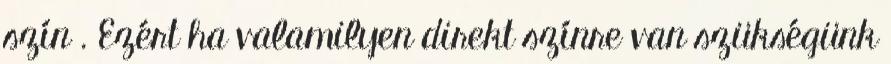
szín . Ezért ha valamilyen direkt színre van szükségünk